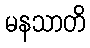
မနသာတိ